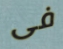
فى